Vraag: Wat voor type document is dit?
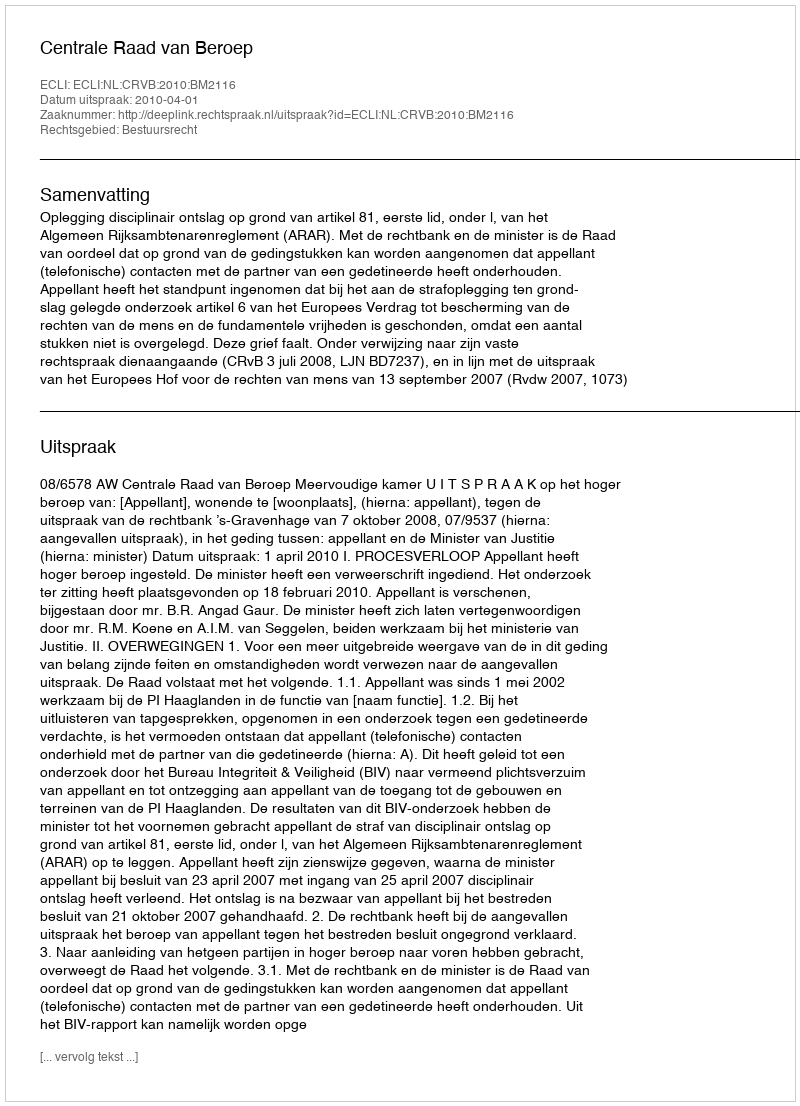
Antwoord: Uitspraak